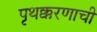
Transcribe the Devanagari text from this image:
पृथक्करणाची